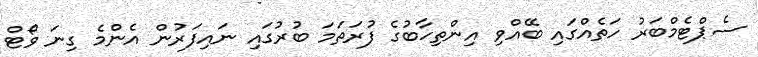
ސެޕްޓެމްބަރު ހަތެއްގައި ބޭއްވި އިންތިހާބުގެ ފުރަތަމަ ބުރުގައި ނައިފަރުން އެންމެ ގިނަ ވޯޓް